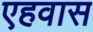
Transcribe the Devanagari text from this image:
एहवास